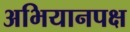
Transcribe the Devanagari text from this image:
अभियानपक्ष